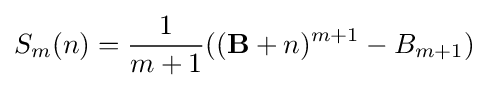
S_{m}(n)={\frac {1}{m+1}}((\mathbf {B} +n)^{m+1}-B_{m+1})